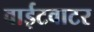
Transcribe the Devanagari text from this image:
वाईटवाटर